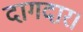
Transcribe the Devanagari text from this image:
दागदार।